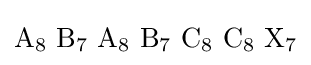
\mathrm {A_{8}\,\,B_{7}\,\,A_{8}\,\,B_{7}\,\,C_{8}\,\,C_{8}\,\,X_{7}}